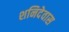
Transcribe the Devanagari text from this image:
शनिदेवास